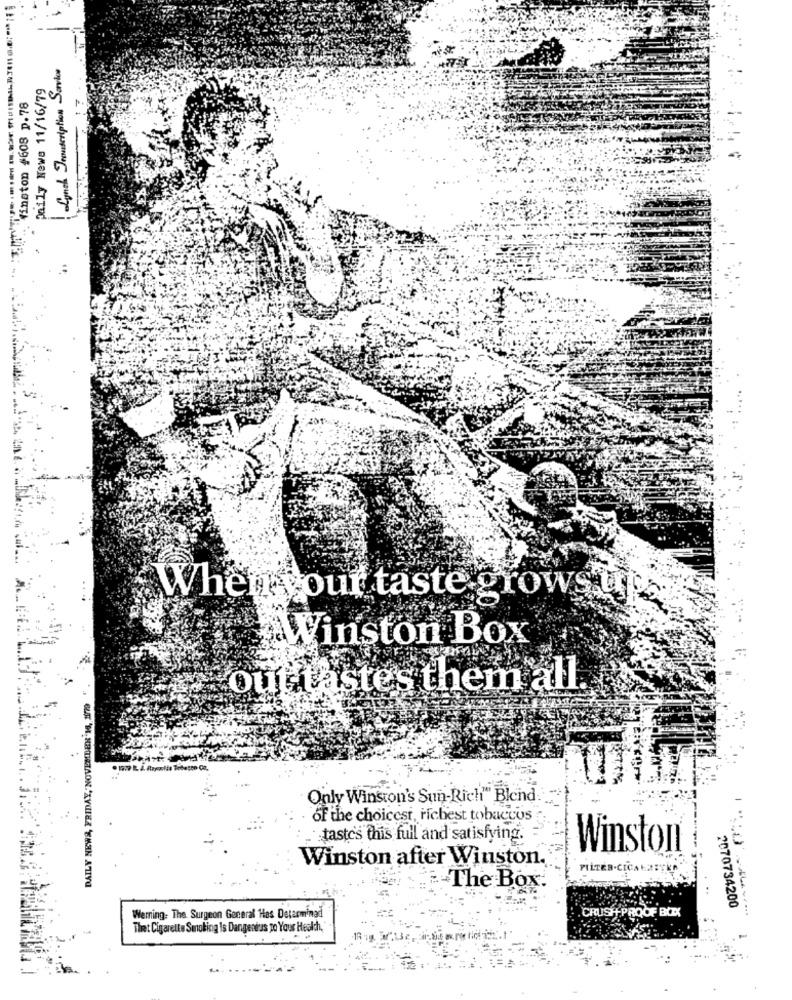
Lynch Jesuscription Service
Daily News 11/16/79
. Winston #608 p. 78
When's our taste grows un
Winston Box
out tastes them all.
DAILY NEWS, FRIDAY, NOVEMBER'MS, 1979
Only Winston's Sun-Rich" Blend
of the choicest, riebest tobaccos
taste's this full and satisfying.
Winston
Winston after Winston.
FILTER.CICAKRITKA
The Box.
2070734200
Werning: The Surgeon General Has Detarminad
CRUSH PROOF BOXX
Thet Cigarette Smoking Is Dangenius to Your Health,